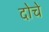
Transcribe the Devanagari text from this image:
दोचे